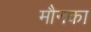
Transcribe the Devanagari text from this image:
मौनका